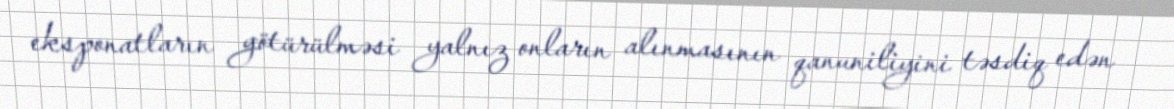
eksponatların götürülməsi yalnız onların alınmasının qanuniliyini təsdiq edən